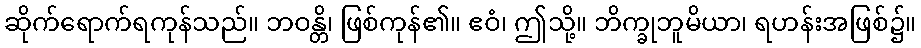
ဆိုက်ရောက်ရကုန်သည်။ ဘဝန္တိ၊ ဖြစ်ကုန်၏။ ဧဝံ၊ ဤသို့။ ဘိက္ခုဘူမိယာ၊ ရဟန်းအဖြစ်၌။